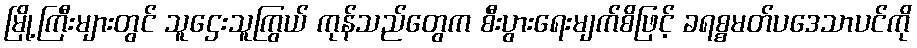
မြို့ကြီးများတွင် သူဌေးသူကြွယ် ကုန်သည်တွေက စီးပွားရေးမျက်စိဖြင့် ခရစ္စမတ်ပဒေသာပင်ကို